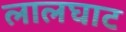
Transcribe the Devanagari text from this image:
लालघाट